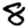
Digit: 8